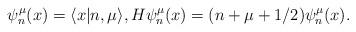
LaTeX: \begin{align*} \psi_n^\mu(x) = \langle x | n,\mu \rangle,H \psi_n^\mu(x) = (n + \mu + 1/2)\psi_n^\mu(x).\end{align*}